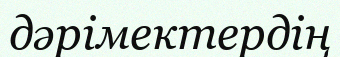
дәрімектердің